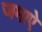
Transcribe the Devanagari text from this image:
जमाऐ